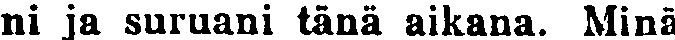
ni ja suruani tänä aikana. Minä